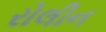
રોલીન